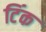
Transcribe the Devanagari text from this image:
टिंक